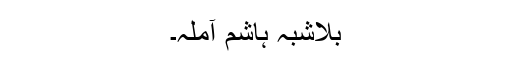
بلاشبہ ہاشم آملہ۔